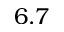
6 . 7